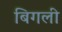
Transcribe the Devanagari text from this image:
बिगली